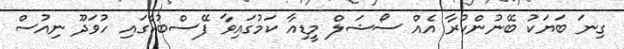
ގިނަ ބަޔަކު ބޭނުންކުރާ އެއް ސޯޝަލް މީޑިއާ ކަމުގައިވާ ފޭސްބުކްގައި ހުވަދޫ ނިއުސް